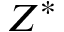
Z ^ { * }